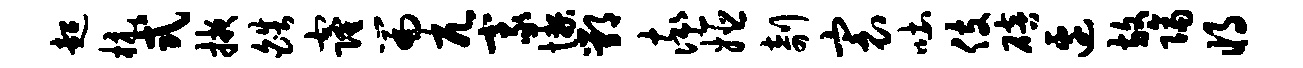
超杭式掖皓窿篇兀豪懒鄂率姬剞寰吐伎碚边放隔将